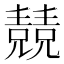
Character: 𠓆